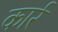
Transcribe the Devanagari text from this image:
कार्र